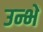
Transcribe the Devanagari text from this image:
उन्भें